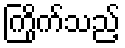
ကြိုက်သည့်